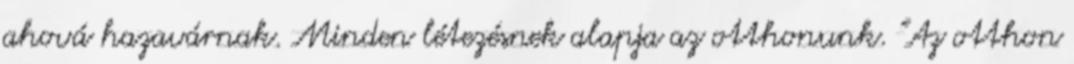
ahová hazavárnak. Minden létezésnek alapja az otthonunk. "Az otthon